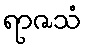
ရာဇသံ